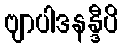
ဗျာပါဒနန္ဒီပိ